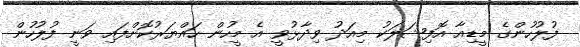
ފުލުހުންގެ މީޑިއާ އޮފިޝަލަކު މިއަދު ވިދާޅުވީ އެ މީހުން ހައްޔަރުކޮށްފައި ވަނީ ފުލުހުން